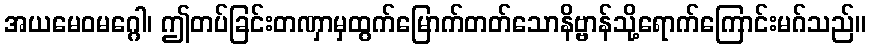
အယမေဝမဂ္ဂေါ၊ ဤတပ်ခြင်းတဏှာမှထွက်မြောက်တတ်သောနိဗ္ဗာန်သို့ရောက်ကြောင်းမဂ်သည်။